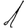
Digit: 1